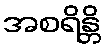
အစရိန္တိ